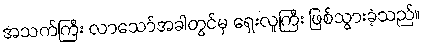
အသက်ကြီး လာသော်အခါတွင်မှ ရှေးလူကြီး ဖြစ်သွားခဲ့သည်။